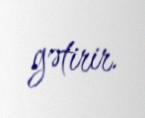
gətirir.